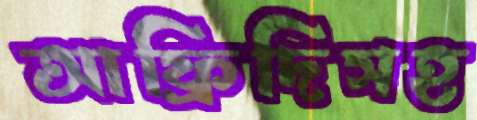
আফ্রিদিসহ